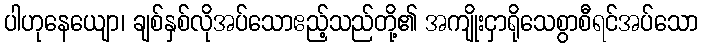
ပါဟုနေယျော၊ ချစ်နှစ်လိုအပ်သောဧည့်သည်တို့၏ အကျိုးငှာရိုသေစွာစီရင်အပ်သော